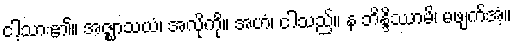
ငါ့သား၏။ အဇ္ဈာသယံ၊ အလိုကို။ အဟံ၊ ငါသည်။ န ဘိန္ဒိဿာမိ၊ မဖျက်အံ့။